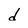
Character: d